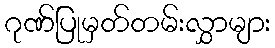
ဂုဏ်ပြုမှတ်တမ်းလွှာများ